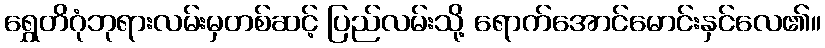
ရွှေတိဂုံဘုရားလမ်းမှတစ်ဆင့် ပြည်လမ်းသို့ ရောက်အောင်မောင်းနှင်လေ၏။